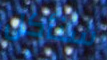
سنأكل